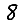
Digit: 8